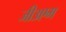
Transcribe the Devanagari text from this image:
जी३एम